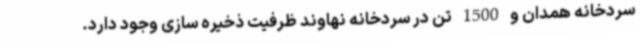
سردخانه همدان و 1500 تن در سردخانه نهاوند ظرفیت ذخیره سازی وجود دارد.